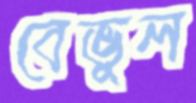
বেভুল